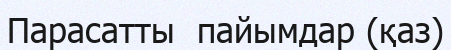
Парасатты  пайымдар (қаз)